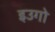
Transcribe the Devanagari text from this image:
इउगो